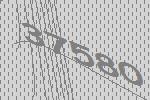
37580